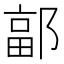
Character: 𮠄